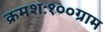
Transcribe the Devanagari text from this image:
क्रमशः१००ग्राम